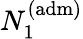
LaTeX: N_{1}^{\mathrm{(adm)}}